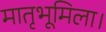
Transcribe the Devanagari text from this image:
मातृभूमिला।